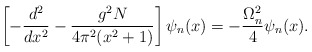
\begin{align*}\left[-\frac{d^2}{dx^2}-\frac{g^2N}{4\pi^2(x^2+1)}\right]\psi_n(x)=-\frac{\Omega_n^2}{4}\psi_n(x).\end{align*}